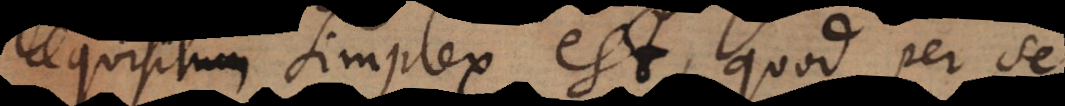
requisitum simplex est, quod per se